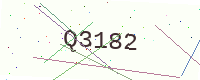
Text: Q3182